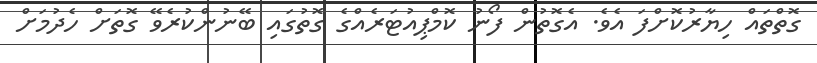
ގޮތްތައް ހިޔާރުކޮށްފަ އެވެ. އެގޮތުން ފޯނު ކޮމްޕިއުޓަރެއްގެ ގޮތުގައި ބޭނުންކުރެވޭ ގޮތަށް ހެދުމަށް